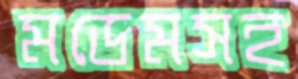
মডেমসহ